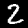
Digit: 2